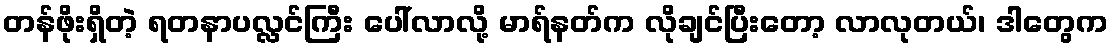
တန်ဖိုးရှိတဲ့ ရတနာပလ္လင်ကြီး ပေါ်လာလို့ မာရ်နတ်က လိုချင်ပြီးတော့ လာလုတယ်၊ ဒါတွေက